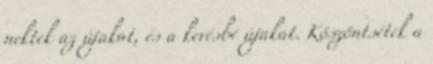
nektek az újakat, és a kevésbé újakat. Köszöntsétek a